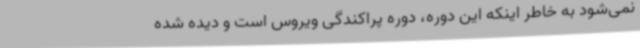
نمی‌شود به خاطر اینکه این دوره، دوره پراکندگی ویروس است و دیده شده